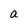
Character: a